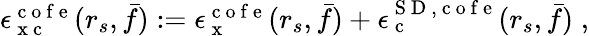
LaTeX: \begin{array}{r}{\epsilon_{\mathrm{~x~c~}}^{\mathrm{~c~o~f~e~}}(r_{s},\bar{f}):=\epsilon_{\mathrm{~x~}}^{\mathrm{~c~o~f~e~}}(r_{s},\bar{f})+\epsilon_{\mathrm{~c~}}^{{\mathrm{~S~D~}},\mathrm{~c~o~f~e~}}(r_{s},\bar{f})\; ,}\end{array}